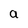
Character: a